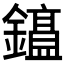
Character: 𫓕